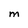
Character: M